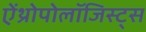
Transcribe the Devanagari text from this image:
ऐंथ्रोपोलॉजिस्ट्स